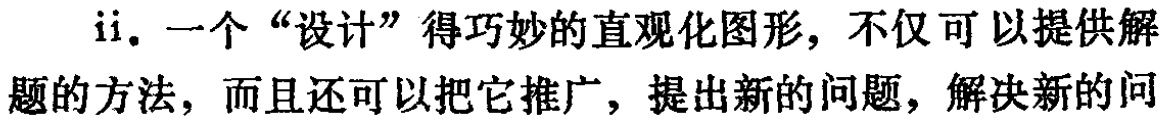
ii. 一个“设计”得巧妙的直观化图形，不仅可以提供解题的方法，而且还可以把它推广，提出新的问题，解决新的问